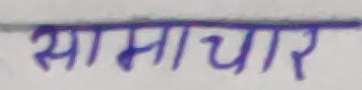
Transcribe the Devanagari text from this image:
समाचार